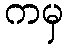
ကမှ